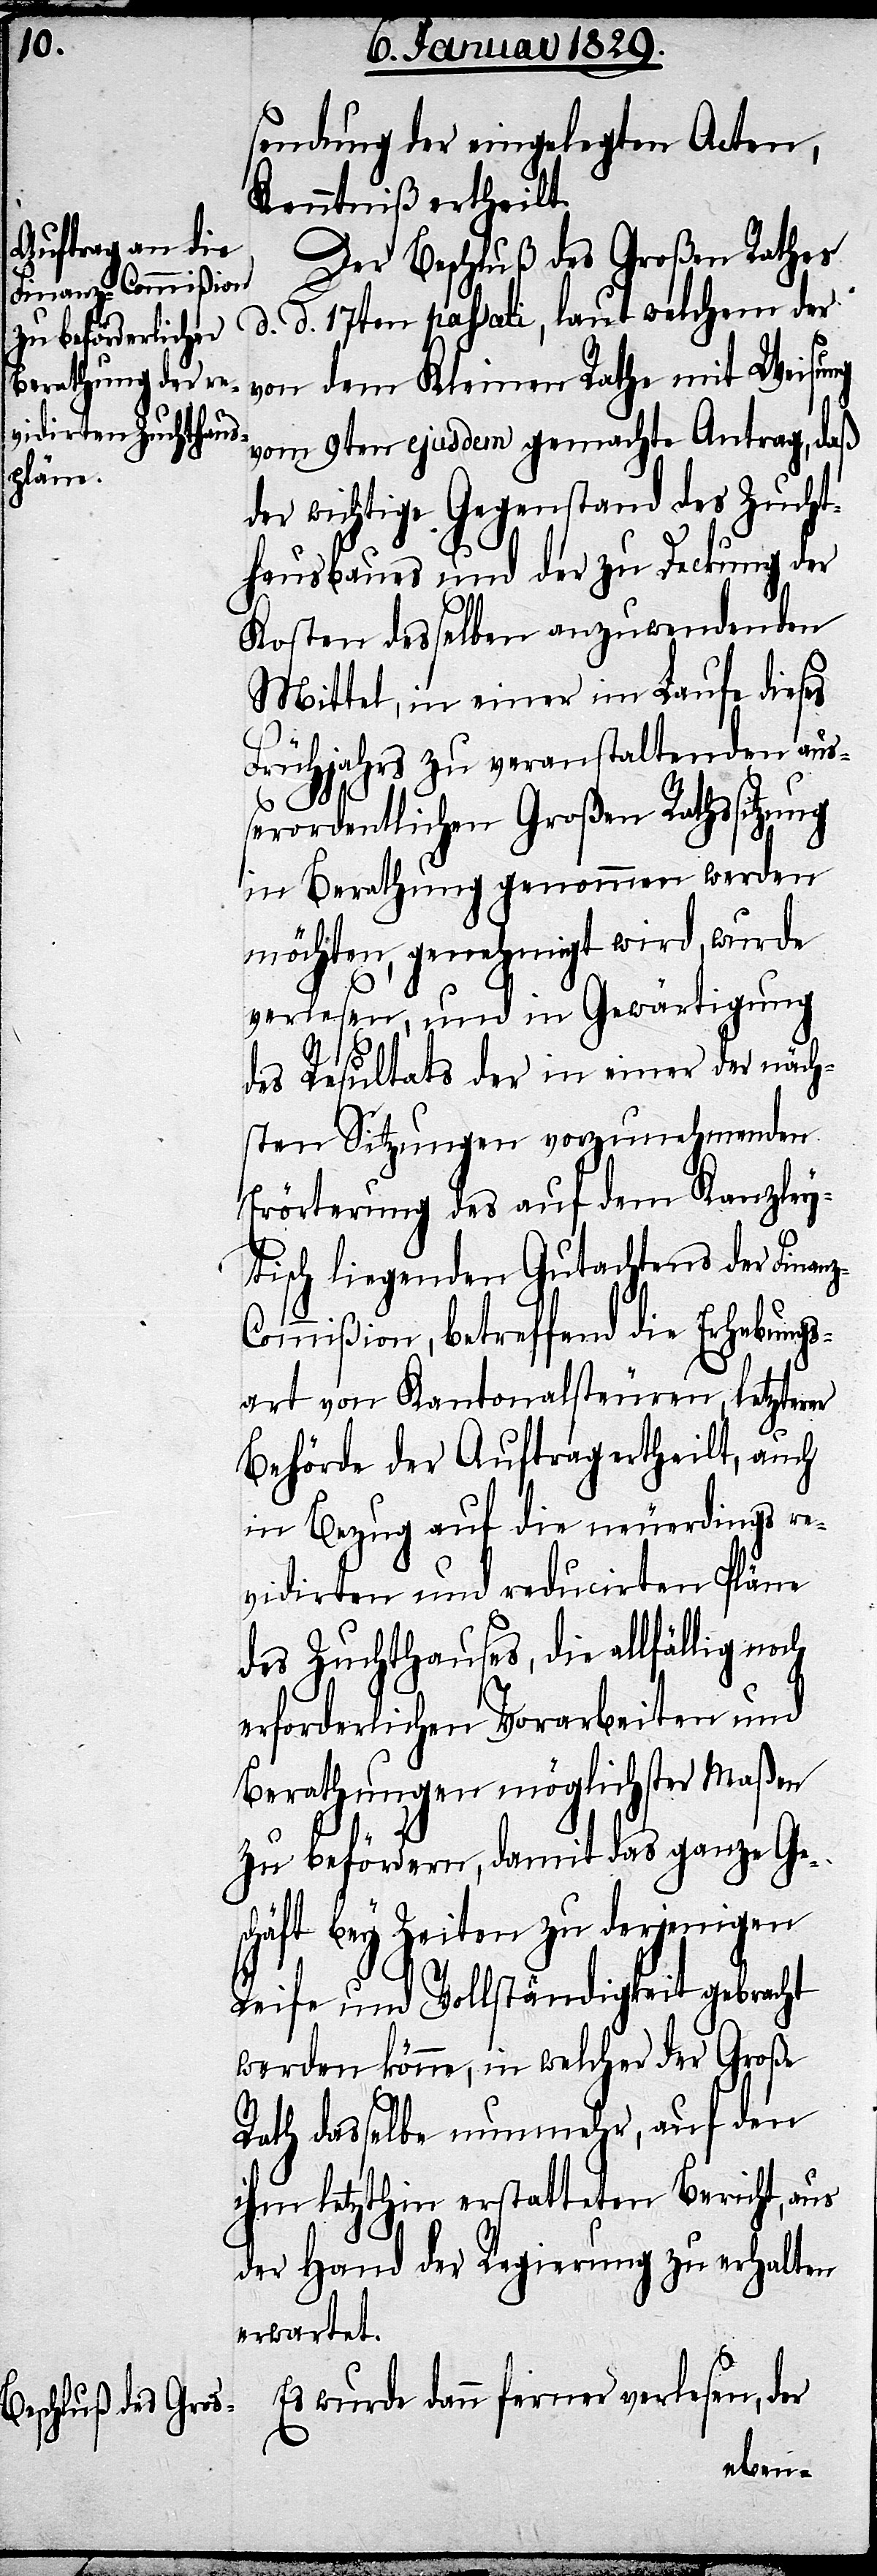
z-C¬

sendung der eingelegten Acten,
Kenntniß ertheilt.
Der Beschluß des Großen Rathes
d. d. 17ten passati, laut welchem der
von dem Kleinen Rathe mit Weisung
vom 9ten ejusdem gemachte Antrag, daß
der wichtigste Gegenstand des Zucht¬
hausbaues und der zu Deckung der
Kosten desselben anzuwendenden
Mittel, in einer im Laufe dieses
Frühjahrs zu veranstaltenden auß¬
erordentlichen Großen Rathssitzung
in Berathung genommen werden
möchten, genehmigt wird, wurde
verlesen, und in Gewärtigung
des Resultats der in einer der näch¬
sten Sitzungen vorzunehmenden
Erörterung des auf dem Kanzley¬
tisch liegenden Gutachtens der Finan¬
ommißion, betreffend die Erhebungs¬
art von Kantonalsteuern, letzterer
Behörde der Auftrag ertheilt, auch
in Bezug auf die neuerdings re¬
vidirten und reducirten Pläne
des Zuchthauses, die allfällig noch
erforderlichen Vorarbeiten und
Berathungen möglichster Maßen
zu befördern, damit das ganze Ge¬
schäft bey Zeiten zu derjenigen
Reife und Vollständigkeit gebracht
werden könne, in welcher der Große
Rath dasselbe nunmehr, auf den
ihm letzthin erstatteten Bericht, aus
der Hand der Regierung zu erhalten
erwartet.
Es wurde dann ferner verlesen, der